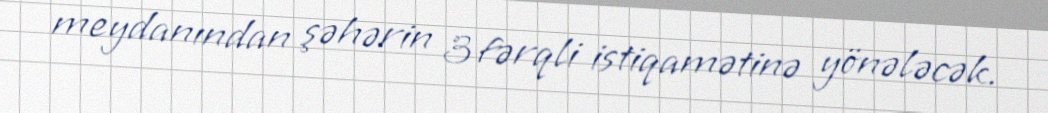
meydanından şəhərin 3 fərqli istiqamətinə yönələcək.